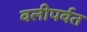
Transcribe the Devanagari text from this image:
वलीपर्वत